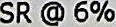
SR @ 6%